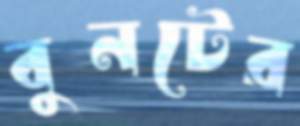
বুনটের